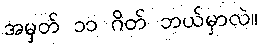
အမှတ် ၁၁ ဂိတ် ဘယ်မှာလဲ။